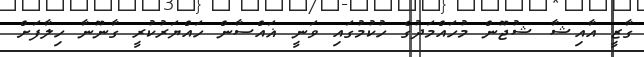
ގާޒީ އާއިޝާ ޝުޖޫން މުހައްމަދުގެ ހުކުމުގައި ވަނީ ޣައްސާން ހައްޔަރުކުރީ ގާނޫނާ ހިލާފަށް